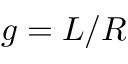
g = L / R